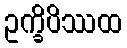
ဥက္ခိပိဿထ